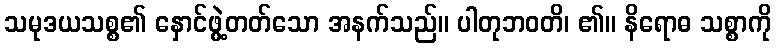
သမုဒယသစ္စ၏ နှောင်ဖွဲ့တတ်သော အနက်သည်။ ပါတုဘဝတိ၊ ၏။ နိရောဓ သစ္စာကို